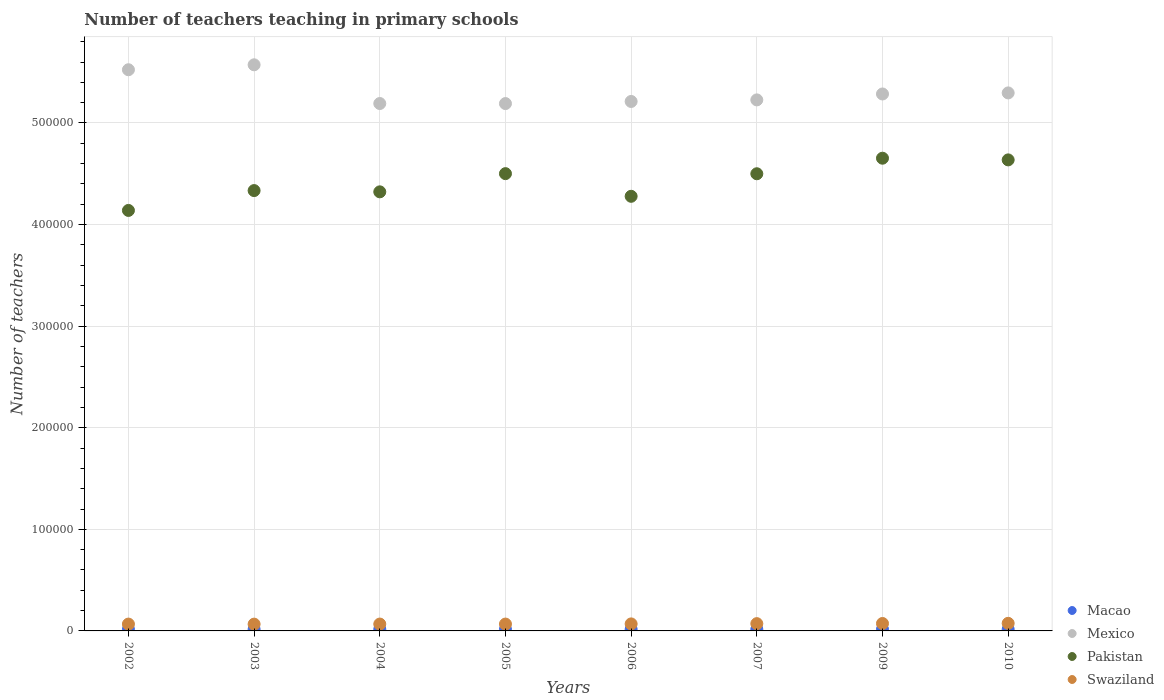
| Years | Macao | Mexico | Pakistan | Swaziland |
 | --- | --- | --- | --- | --- |
 | 2002 | 1.62e+03 | 5.52e+05 | 4.14e+05 | 6.73e+03 |
 | 2003 | 1.62e+03 | 5.57e+05 | 4.33e+05 | 6.68e+03 |
 | 2004 | 1.63e+03 | 5.19e+05 | 4.32e+05 | 6.76e+03 |
 | 2005 | 1.61e+03 | 5.19e+05 | 4.5e+05 | 6.74e+03 |
 | 2006 | 1.62e+03 | 5.21e+05 | 4.28e+05 | 6.91e+03 |
 | 2007 | 1.62e+03 | 5.23e+05 | 4.5e+05 | 7.17e+03 |
 | 2009 | 1.58e+03 | 5.29e+05 | 4.65e+05 | 7.31e+03 |
 | 2010 | 1.58e+03 | 5.3e+05 | 4.64e+05 | 7.46e+03 |